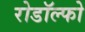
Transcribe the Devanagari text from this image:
रोडॉल्फो